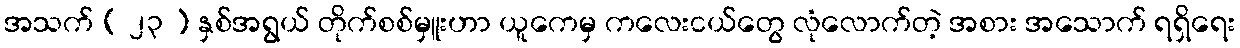
အသက် ( ၂၃ ) နှစ်အရွယ် တိုက်စစ်မှူးဟာ ယူကေမှ ကလေးငယ်တွေ လုံလောက်တဲ့ အစား အသောက် ရရှိရေး